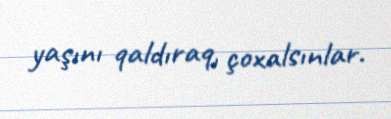
yaşını qaldıraq, çoxalsınlar.